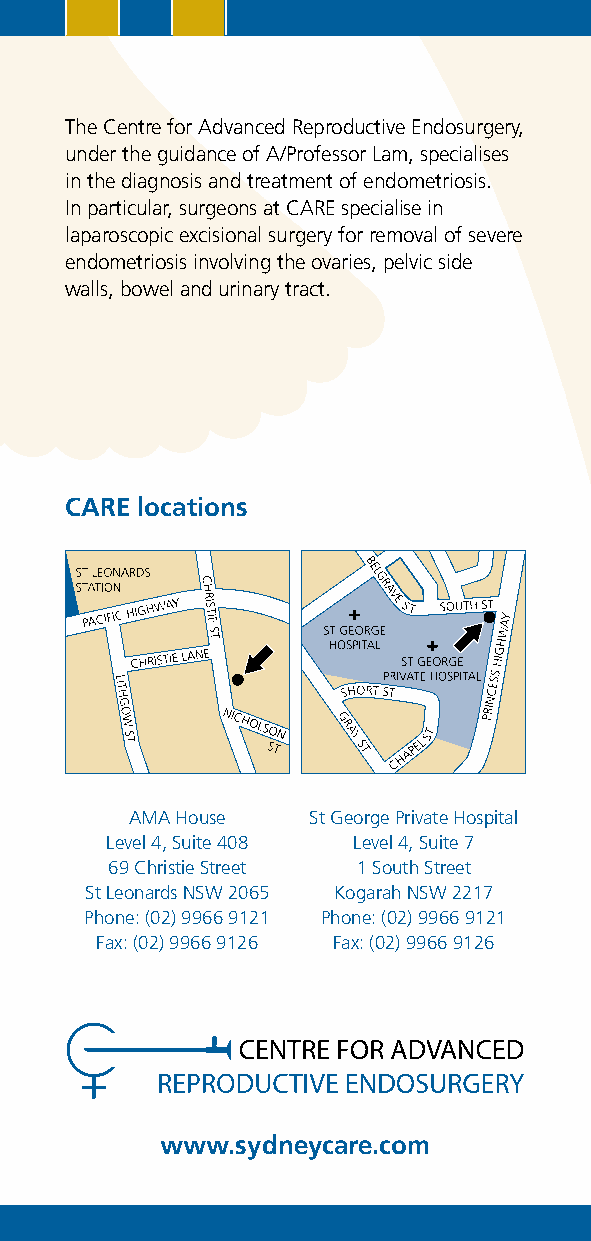
the Centre for Advanced reproductive Endosurgery,
 under the guidance of A/Professor Lam, specialises
 in the diagnosis and treatment of endometriosis.
 in particular, surgeons at CArE specialise in
 laparoscopic excisional surgery for removal of severe
 endometriosis involving the ovaries, pelvic side
 walls, bowel and urinary tract.
 CARE locations
 AmA House  st George Private Hospital
 Level 4, suite 408 Level 4, suite 7
 69 Christie street 1 south street
 st Leonards nsW 2065 Kogarah nsW 2217
 Phone: (02) 9966 9121 Phone: (02) 9966 9121
 Fax: (02) 9966 9126 Fax: (02) 9966 9126
 www.sydneycare.com